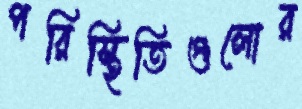
পরিস্থিতিগুলোর